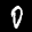
Label: 0